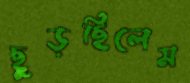
ছুড়ছিলেম